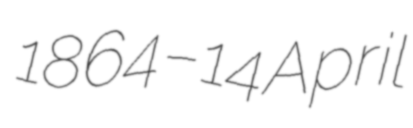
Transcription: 1864 – 14 April